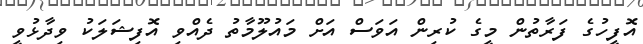
އޮފީހުގެ ފަރާތުން މީގެ ކުރިން އަވަސް އަށް މައުލޫމާތު ދެއްވި އޮފިޝަލަކު ވިދާޅުވީ